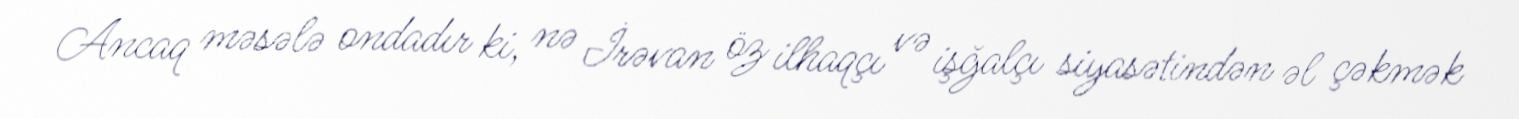
Ancaq məsələ ondadır ki, nə İrəvan öz ilhaqçı və işğalçı siyasətindən əl çəkmək